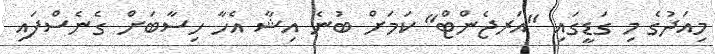
މިއަދުގެ މި ގަޑީގައި "އަރޖެންޓް" ކަމަށް ބުނެ އިޝާ އެހާ ހިސާބަށް ގެނެސްފައި